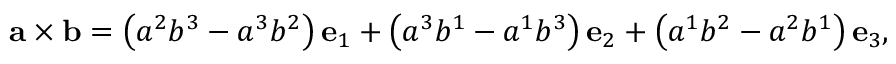
\mathbf { a } \times \mathbf { b } = \left( a ^ { 2 } b ^ { 3 } - a ^ { 3 } b ^ { 2 } \right) \mathbf { e } _ { 1 } + \left( a ^ { 3 } b ^ { 1 } - a ^ { 1 } b ^ { 3 } \right) \mathbf { e } _ { 2 } + \left( a ^ { 1 } b ^ { 2 } - a ^ { 2 } b ^ { 1 } \right) \mathbf { e } _ { 3 } ,